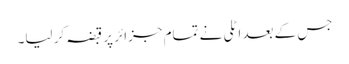
جس کے بعد اٹلی نے تمام جزائر پر قبضہ کر لیا۔